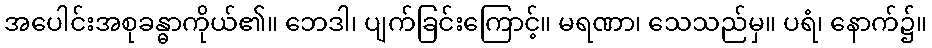
အပေါင်းအစုခန္ဓာကိုယ်၏။ ဘေဒါ၊ ပျက်ခြင်းကြောင့်။ မရဏာ၊ သေသည်မှ။ ပရံ၊ နောက်၌။